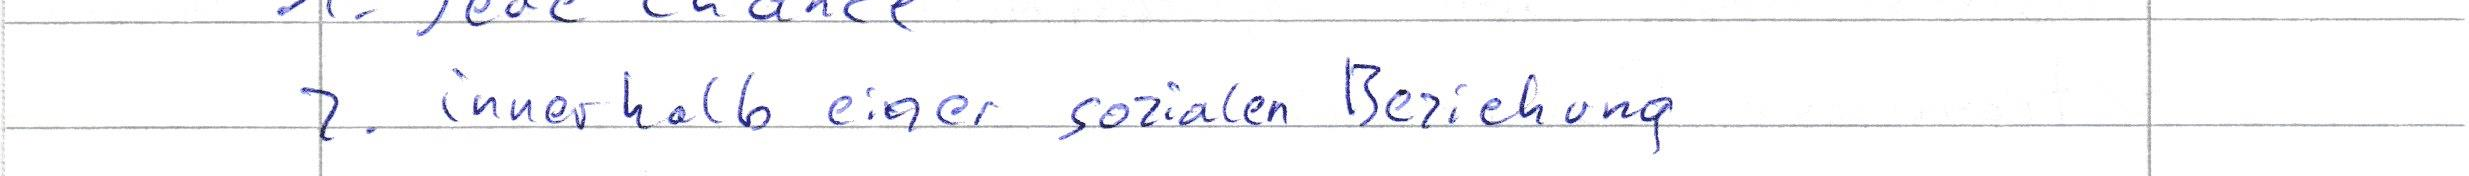
2. innerhalb einer sozialen Beziehung